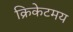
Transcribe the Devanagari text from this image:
क्रिकेटमय